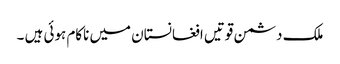
ملک دشمن قوتیں افغانستان میں ناکام ہوئی ہیں ۔